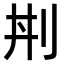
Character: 𠛜